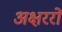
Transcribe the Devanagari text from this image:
अक्षररों